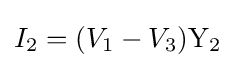
I_{2}=(V_{1}-V_{3})\mathrm {Y_{2}}